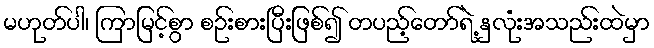
မဟုတ်ပါ၊ ကြာမြင့်စွာ စဉ်းစားပြီးဖြစ်၍ တပည့်တော်ရဲ့ နှလုံးအသည်းထဲမှာ